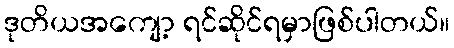
ဒုတိယအကျော့ ရင်ဆိုင်ရမှာဖြစ်ပါတယ်။